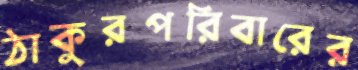
ঠাকুরপরিবারের